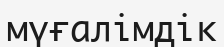
мүғалімдік